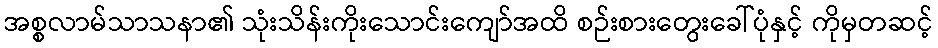
အစ္စလာမ်သာသနာ၏ သုံးသိန်းကိုးသောင်းကျော်အထိ စဉ်းစားတွေးခေါ်ပုံနှင့် ကိုမှတဆင့်